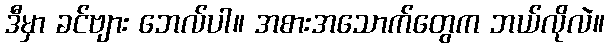
ဒီမှာ ခင်ဗျား ဘေလ်ပါ။ အစားအသောက်တွေက ဘယ်လိုလဲ။